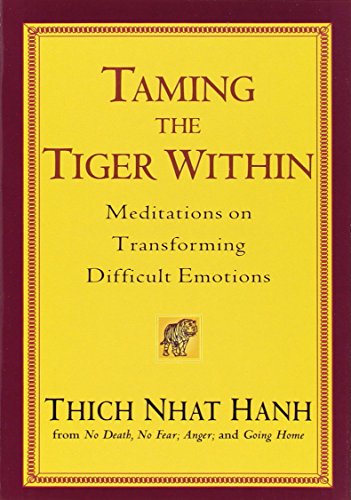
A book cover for Taming the Tiger Within: Meditations on Transforming Difficult Emotions; Thich Nhat Hanh; Self-Help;